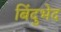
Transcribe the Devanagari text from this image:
बिंदुभेद